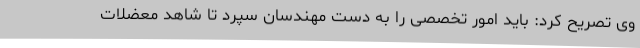
وی تصریح کرد: باید امور تخصصی را به دست مهندسان سپرد تا شاهد معضلات